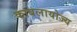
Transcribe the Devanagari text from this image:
काबलायोज्य